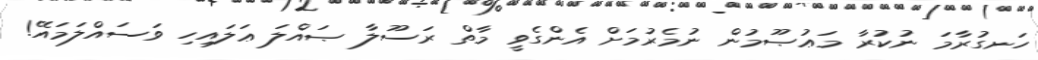
ހަނގުރާމަ ނުކުރާ މަޢުޞޫމުން ނުމެރުމަށް އެންގެވީ މާތް ރަސޫލާ ޞައްލަ ޢަލައިހި ވަސައްލަމައޭ!